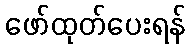
ဖော်ထုတ်ပေးရန်